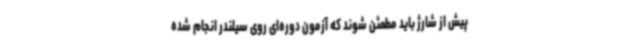
پیش از شارژ باید مطمئن شوند که آزمون دوره‌ای روی سیلندر انجام شده